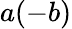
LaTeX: a(-b)